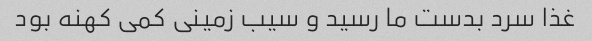
غذا سرد بدست ما رسید و سیب زمینی کمی کهنه بود